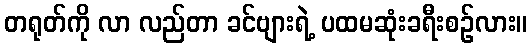
တရုတ်ကို လာ လည်တာ ခင်ဗျားရဲ့ ပထမဆုံးခရီးစဉ်လား။